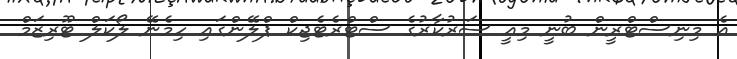
އެ މިނިސްޓްރީން ބުނީ މިއީ ސަރުކާރުގެ ސްޓްރެޓެޖިކް ޕްލޭންގައި ހިމެނޭ ލޯކަލް ޓޫރިޒަމް